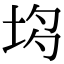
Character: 𡋝